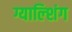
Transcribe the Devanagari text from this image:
ग्याल्शिंग